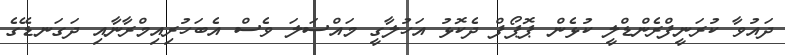
ދައުވާ ކުރަނީފްރެންޑްލީ ކުޅެން ޕޮޕޯފް ދެކޮޅު އަހުލާގީ މައްސަލަ ވެސް އެބަހުރިއިމްރާނާއި ދަގަނޑޭގެ